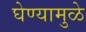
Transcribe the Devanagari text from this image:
घेण्यामुळे